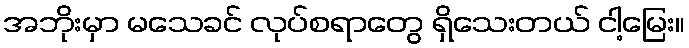
အဘိုးမှာ မသေခင် လုပ်စရာတွေ ရှိသေးတယ် ငါ့မြေး။